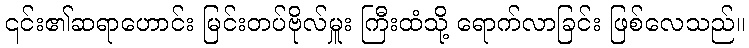
၎င်း၏ဆရာဟောင်း မြင်းတပ်ဗိုလ်မှူး ကြီးထံသို့ ရောက်လာခြင်း ဖြစ်လေသည်။